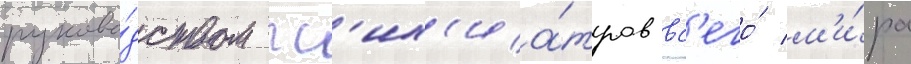
руково́дством пс'их'иа́тров вс'его́ м'и́ра